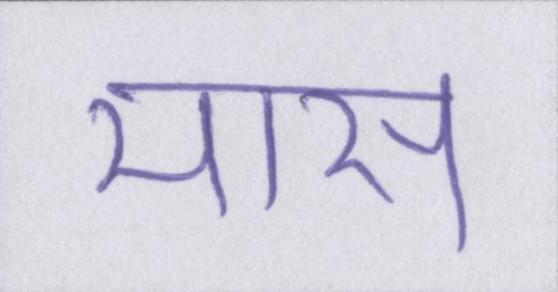
मास